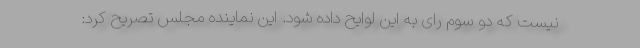
نیست که دو سوم رای به این لوایح داده شود. این نماینده مجلس تصریح کرد: